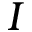
I